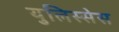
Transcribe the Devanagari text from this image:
युलिस्सेस